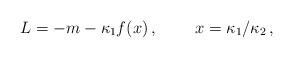
LaTeX: \begin{align*}L = - m - \kappa_1 f ( x )\,, \;\;\;\;\;\;\;\;x = \kappa_1 /\kappa_2 \,,\end{align*}